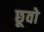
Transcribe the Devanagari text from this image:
छूवो